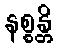
နစ္စန္တိ